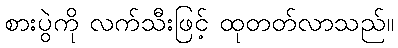
စားပွဲကို လက်သီးဖြင့် ထုတတ်လာသည်။